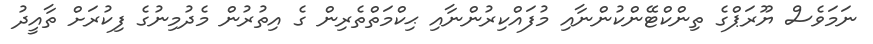
ނަމަވެސް ޔޫރަޕްގެ ތިންކްޓޭންކުންނާއި މުފައްކިރުންނާއި ޙިކްމަތްތެރިން ގެ އިތުރުން މެދުމިނުގެ ފިކުރަށް ތާއީދު